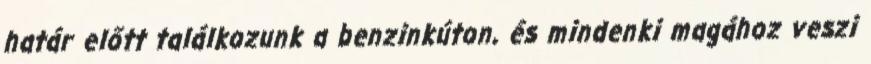
határ előtt találkozunk a benzinkúton, és mindenki magához veszi